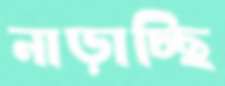
নাড়াচ্ছি